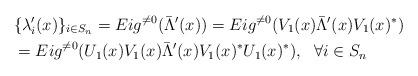
LaTeX: \begin{align*}&\{\lambda'_i(x)\}_{i\in S_n}=Eig^{\neq 0}(\bar{\Lambda}'(x))=Eig^{\neq 0}(V_1(x)\bar{\Lambda}'(x)V_1(x)^*)\\&=Eig^{\neq 0}(U_1(x)V_1(x)\bar{\Lambda}'(x)V_1(x)^*U_1(x)^*),~~\forall i\in S_n\end{align*}